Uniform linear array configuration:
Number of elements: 24
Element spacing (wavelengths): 0.5
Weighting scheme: kaiser
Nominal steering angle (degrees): -15
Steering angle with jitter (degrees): -13.966
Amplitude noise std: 0.05
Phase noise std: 0.05

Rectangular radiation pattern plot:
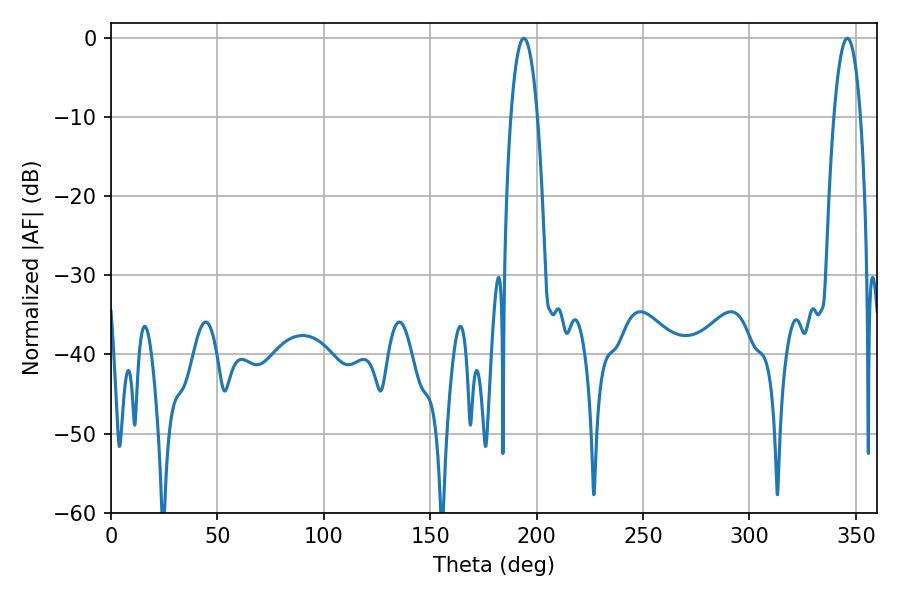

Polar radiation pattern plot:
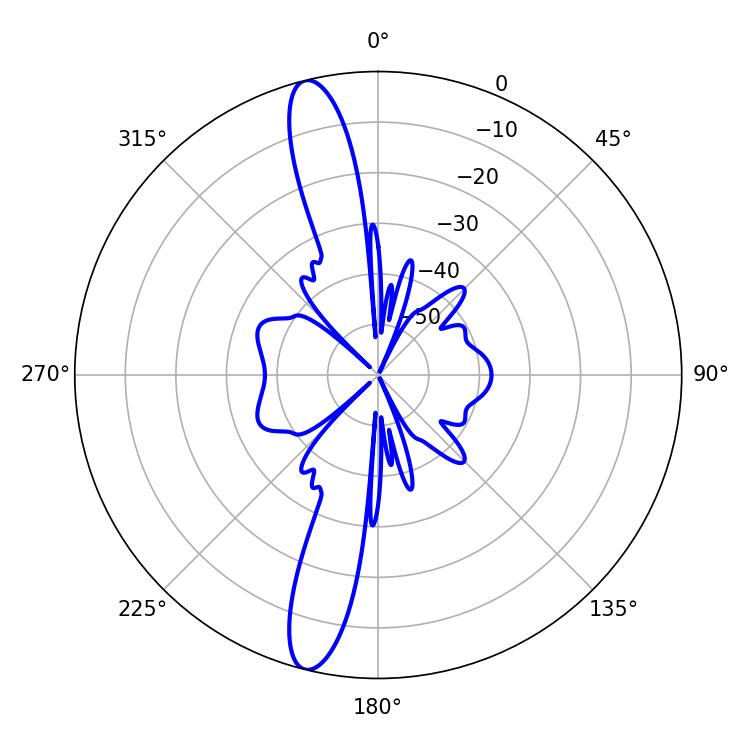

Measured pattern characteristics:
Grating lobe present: FALSE
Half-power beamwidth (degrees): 6.84
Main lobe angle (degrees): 194.04